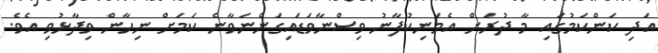
އަދި ކަންކަމުގައި މާ ދުރަށް އެމަނިކުފާނު ވިސްނާވަޑައިގަންނަވާނެ ކަމަށް ނިހާން ވިދާޅުވި އެވެ.